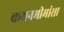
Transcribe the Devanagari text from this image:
कथनमीमांसा